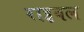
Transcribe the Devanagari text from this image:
राइवल